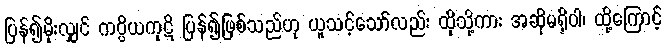
ပြန်၍မိုးလျှင် ကပ္ပိယကုဋိ ပြန်၍ဖြစ်သည်ဟု ယူသင့်သော်လည်း ထိုသို့ကား အဆိုမရှိပါ၊ ထို့ကြောင့်